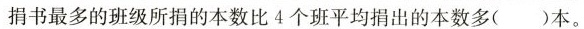
捐书最多的班级所捐的本数比4个班平均捐出的本数多 ( ) 本 。